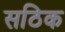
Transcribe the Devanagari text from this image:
सठिक